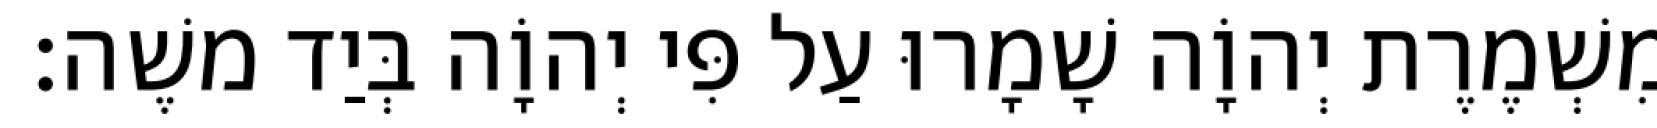
מִשְׁמֶרֶת יְהוָֹה שָׁמָרוּ עַל פִּי יְהוָֹה בְּיַד משֶׁה׃